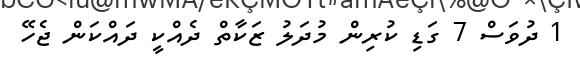
1 ދުވަސް 7 ގަޑި ކުރިން މުދަލު ޒަކާތް ދެއްކީ ދައްކަން ޖެހޭ